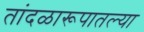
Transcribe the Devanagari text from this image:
तांदळारूपातल्या